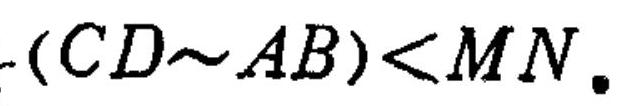
\((CD - AB)<MN\)